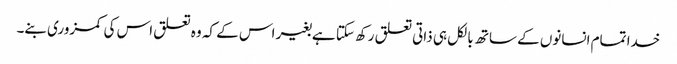
خدا تمام انسانوں کے ساتھ بالکل ہی ذاتی تعلق رکھ سکتا ہےبغیر اس کے کہ وہ تعلق اس کی کمزوری بنے۔